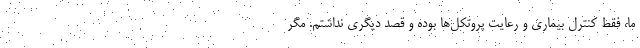
ما، فقط کنترل بیماری و رعایت پروتکل‌ها بوده و قصد دیگری نداشتم. مگر